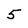
Character: 5